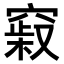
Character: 𥧞